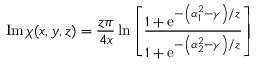
\operatorname { I m } \chi ( x , y , z ) = \frac { z \pi } { 4 x } \ln \left[ \frac { 1 + \mathrm { e } ^ { - \left( \alpha _ { 1 } ^ { 2 } - \gamma \right) / z } } { 1 + \mathrm { e } ^ { - \left( \alpha _ { 2 } ^ { 2 } - \gamma \right) / z } } \right]